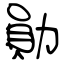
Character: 勛